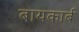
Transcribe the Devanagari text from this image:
बायकार्ब